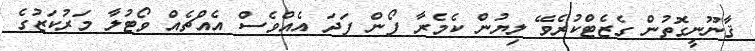
ޤާނޫނީގޮތުން ގެޒެޓްކުރެވޭ ލިޔުން ކެމެރާ ފޯން ފަދަ އެއްވެސް އެއްޗެއް ވޯޓުލާ މަރުކަޒުގެ